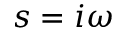
s = i \omega